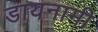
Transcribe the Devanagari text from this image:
डायनामी